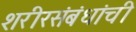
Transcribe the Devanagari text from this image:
शरीरसंबंधांची